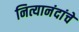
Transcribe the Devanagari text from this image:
नित्यानंदांचे